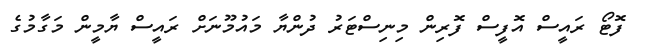
ފޮޓޯ ރައީސް އޮފީސް ފޮރިން މިނިސްޓަރު ދުންޔާ މައުމޫނަށް ރައީސް ޔާމީން މަގާމުގެ